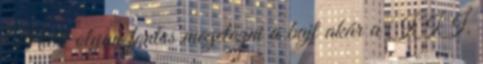
Miért olyan fontos megelőzni a bajt akár a III.